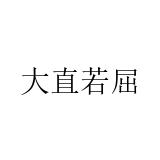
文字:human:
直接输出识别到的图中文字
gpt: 大直若屈